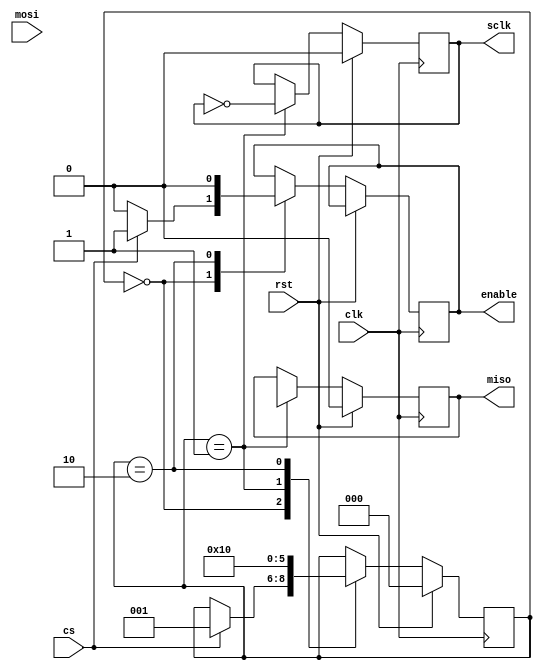
module SPI_master(
    input wire clk,         // Clock input
    input wire rst,         // Reset input
    input wire cs,          // Chip select input
    input wire mosi,        // Master output, slave input
    output reg miso,        // Master input, slave output
    output reg sclk,        // Serial clock output
    output reg enable       // Enable signal output
);

reg [7:0] data_reg;         // Data register for transmission
reg [2:0] state;            // State machine for managing data transfer

// State definitions
parameter IDLE = 3'b000;
parameter TRANSFER = 3'b001;
parameter FINISH = 3'b010;

// FSM definitions
always @(posedge clk) begin
    if(rst) begin
        state <= IDLE;
        miso <= 0;
        sclk <= 0;
    end
    else begin
        case(state)
            IDLE: begin
                if(cs == 1) begin
                    enable <= 1;
                    state <= TRANSFER;
                end
                else begin
                    enable <= 0;
                end
            end
            TRANSFER: begin
                // Implement data transfer protocol here
                // For simplicity, just shift out data_reg
                miso <= data_reg[7];
                sclk <= ~sclk;
                state <= FINISH;
            end
            FINISH: begin
                enable <= 0;
                state <= IDLE;
            end
        endcase
    end
end

endmodule